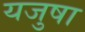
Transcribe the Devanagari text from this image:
यजुषा